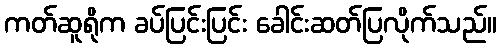
ကတ်ဆူရိုက ခပ်ပြင်းပြင်း ခေါင်းဆတ်ပြလိုက်သည်။